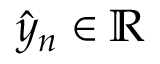
\hat { y } _ { n } \in \mathbb { R }